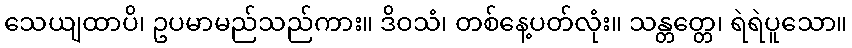
သေယျထာပိ၊ ဥပမာမည်သည်ကား။ ဒိဝသံ၊ တစ်နေ့ပတ်လုံး။ သန္တတ္တေ၊ ရဲရဲပူသော။